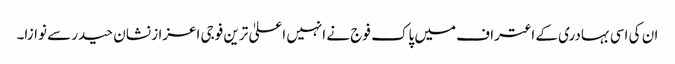
ان کی اسی بہادری کے اعتراف میں پاک فوج نے انہیں اعلیٰ ترین فوجی اعزاز نشان حیدر سے نوازا۔